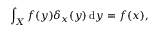
\int _ { X } f ( y ) \delta _ { x } ( y ) \, \mathrm { d } y = f ( x ) ,